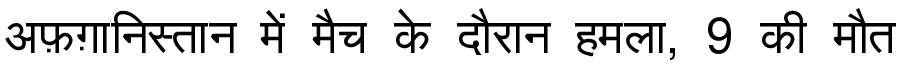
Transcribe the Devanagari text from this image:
अफ़ग़ानिस्तान में मैच के दौरान हमला, 9 की मौत